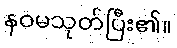
နဝမသုတ်ပြီး၏။